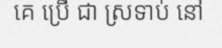
គេ ប្រើ ជា ស្រទាប់ នៅ